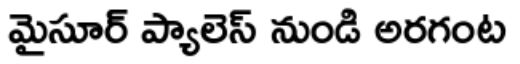
మైసూర్ ప్యాలెస్ నుండి అరగంట